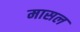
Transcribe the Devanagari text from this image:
मासल